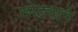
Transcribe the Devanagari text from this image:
छोट्याचे